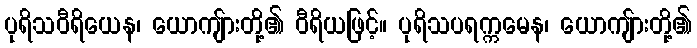
ပုရိသဝီရိယေန၊ ယောကျ်ားတို့၏ ဝီရိယဖြင့်။ ပုရိသပရက္ကမေန၊ ယောကျ်ားတို့၏